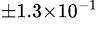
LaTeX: ^{\pm 1.3\times 10^{-1}}